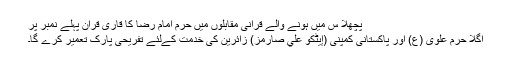
پچھلا س میں ہونے والے قرآنی مقابلوں میں حرم امام رضا کا قاری قرآن پہلے نمبر پر
اگلا حرم علوی (ع) اور پاکستانی کمپنی (إيٹكو علي صارمز) زائرین کی خدمت کےلئے تفریحی پارک تعمیر کرے گا۔